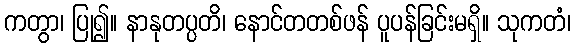
ကတွာ၊ ပြု၍။ နာနုတပ္ပတိ၊ နောင်တတစ်ဖန် ပူပန်ခြင်းမရှိ။ သုကတံ၊